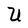
Character: U